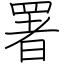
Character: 署